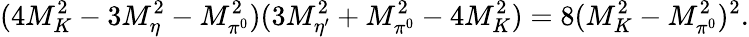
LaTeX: (4M_{K}^{2}-3M_{\eta}^{2}-M_{\pi^{0}}^{2})(3M_{\eta^{\prime}}^{2}+M_{\pi^{0}}^{2}-4M_{K}^{2})=8(M_{K}^{2}-M_{\pi^{0}}^{2})^{2}.